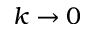
k \to 0